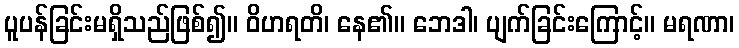
ပူပန်ခြင်းမရှိသည်ဖြစ်၍။ ဝိဟရတိ၊ နေ၏။ ဘေဒါ၊ ပျက်ခြင်းကြောင့်။ မရဏာ၊